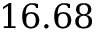
1 6 . 6 8